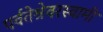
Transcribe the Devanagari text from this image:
पर्वतेश्रेवरस्वामी